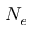
N _ { e }